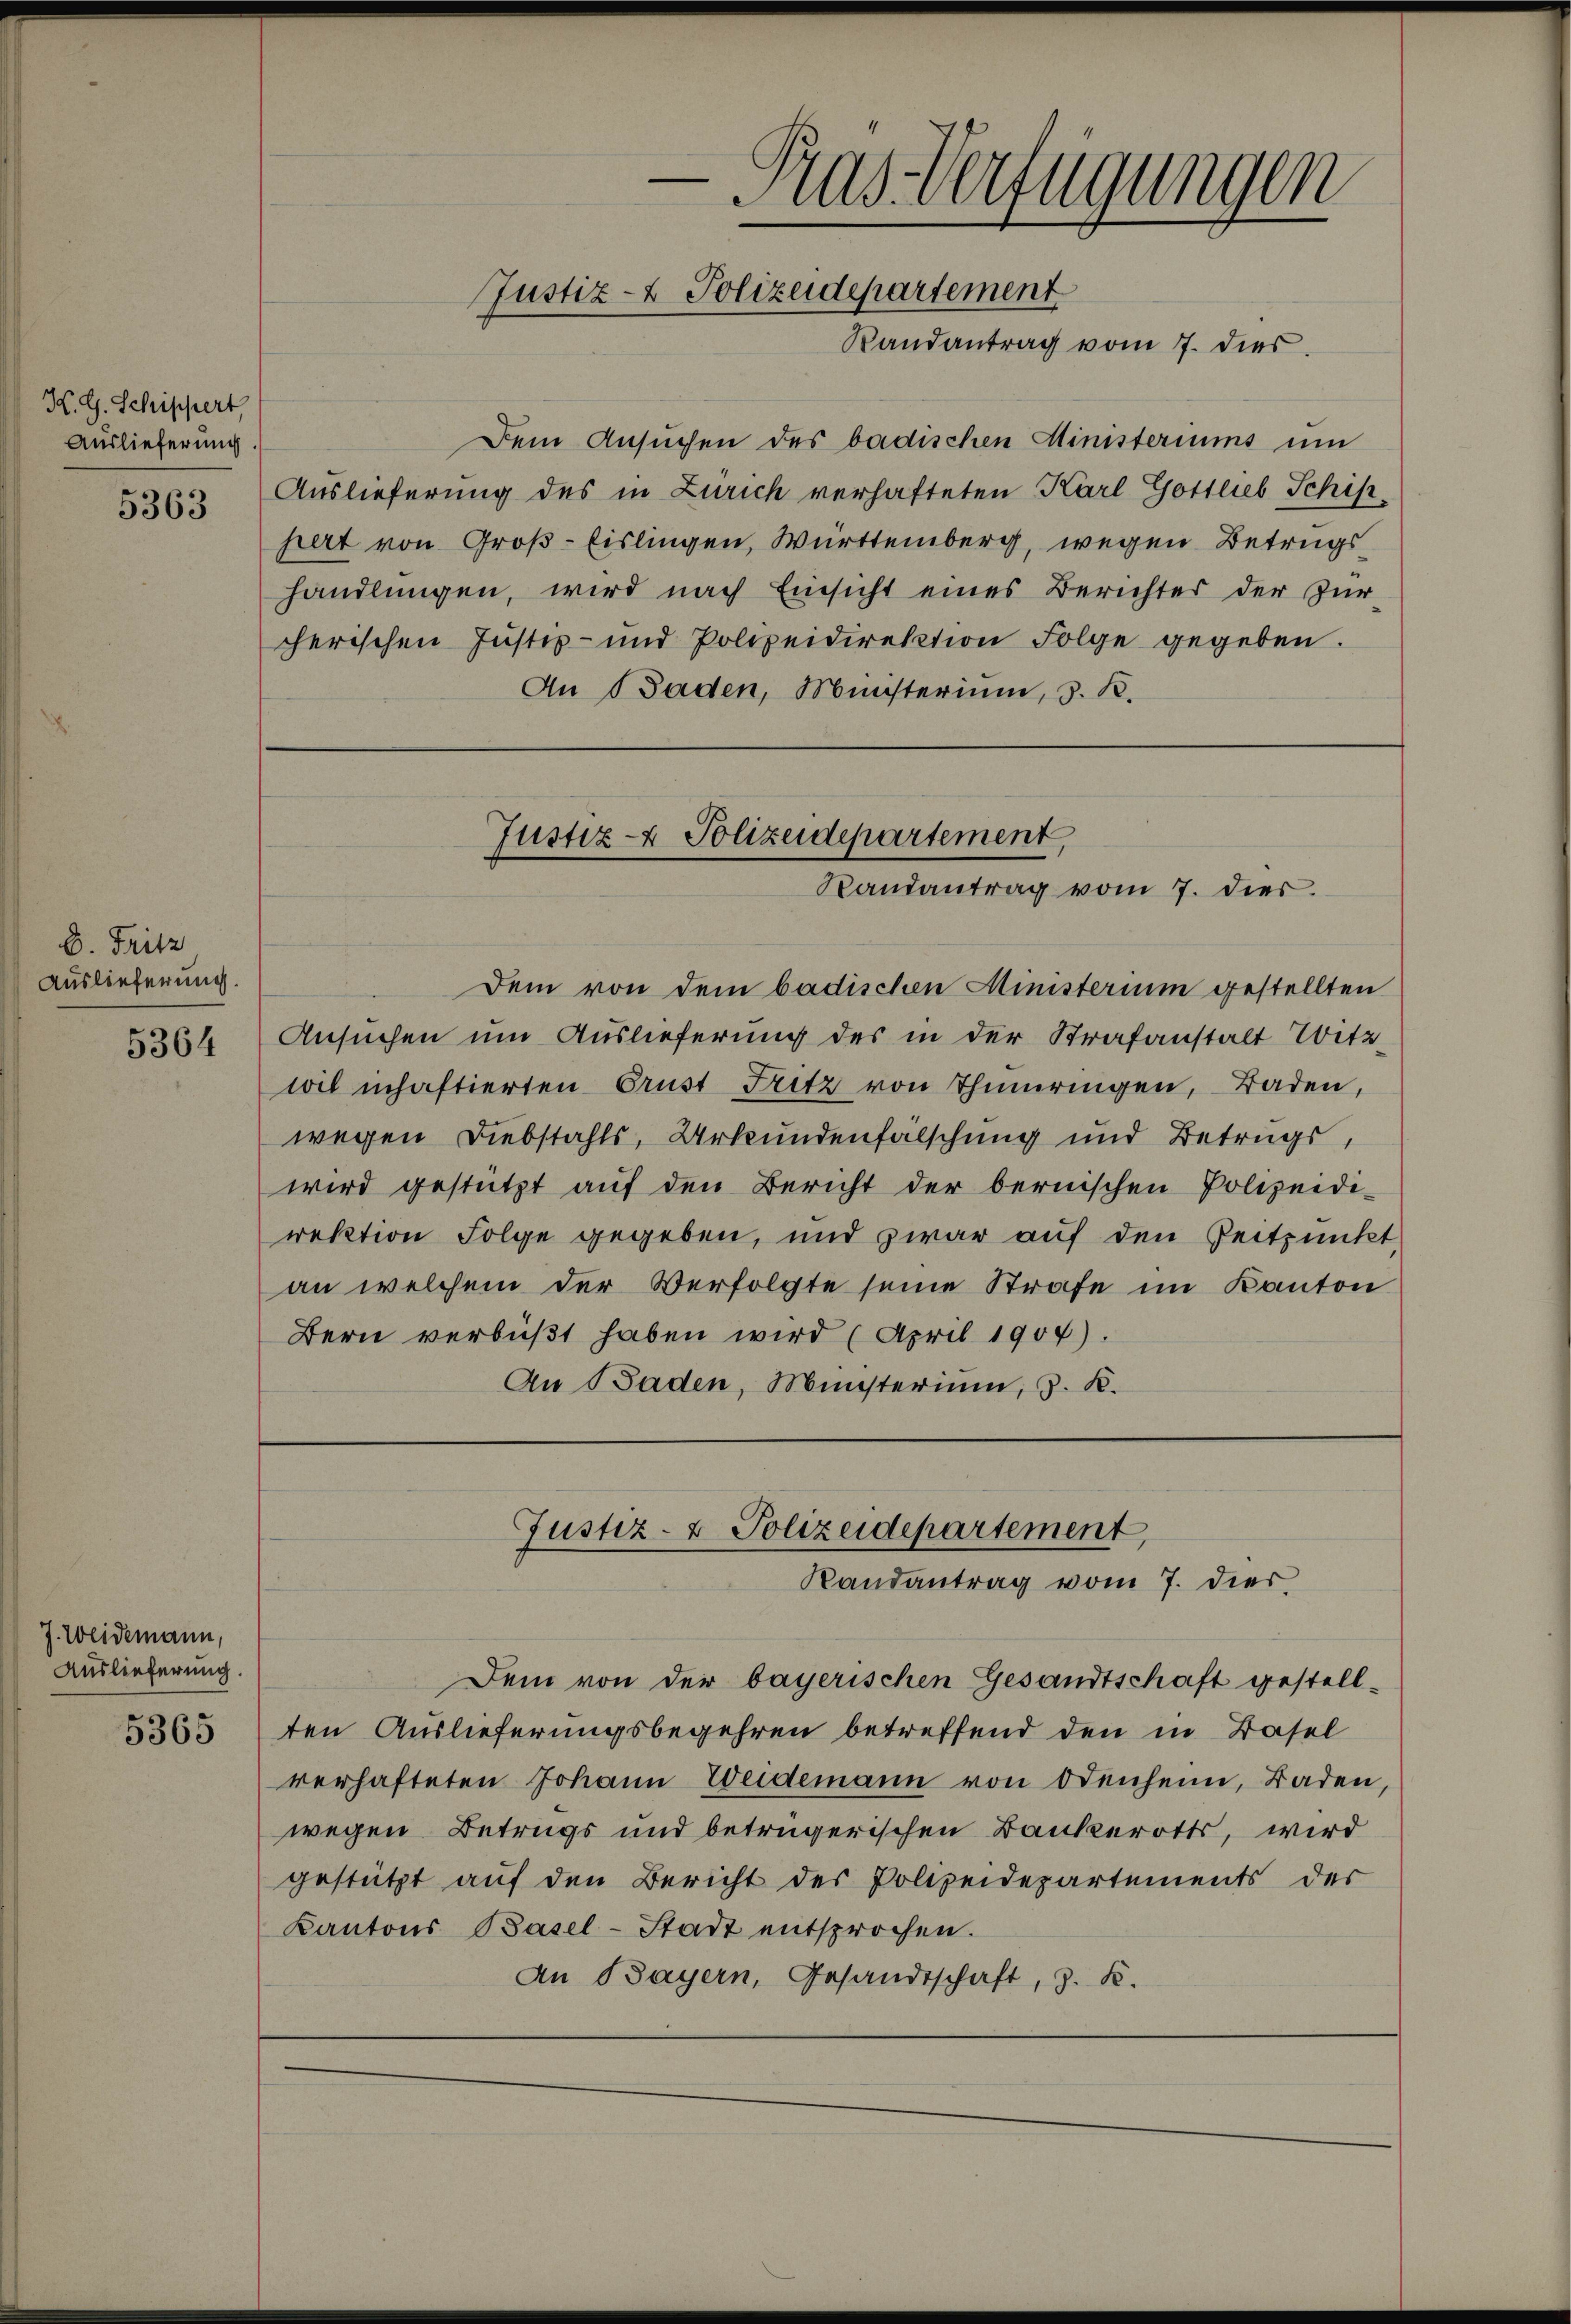
K. G. Schippert,
Auslieferung.
5363

D. Fritz
Auslieferung.

5364

J. Weidemann,
Auslieferung.
5365

Dem Ansuchen des badischen Ministeriums um
Auslieferung des in Zürich verhafteten Karl Gottlieb Schifhert von Groß-Eislingen, Württemberg, wegen Betrugs
handlungen, wird nach Einsicht eines Berichtes der Zur
cherischen Justiz- und Polizeidirektion Folge gegeben.
An Baden, Ministerium, d. R.

—
Gras Verfügungen
Justiz- & Polizeidepartement
Randantrag vom 7. dies

Justiz- & Polizeidepartement,
Randantrag vom 7. dies

Dem von dem badischen Ministerium gestellten
Ansuchen um Auslieferung des in der Strafanstalt Wittwil inhaftierten Brust Fritz von Thieringen, Baden,
wegen Diebstahls, Urkundenfälschung und Betrags,
wird gestützt auf den Bericht der bernischen Polizeidi-
rektion Folge gegeben, und zwar auf den Zeitpunkt
an welchem der Verfolgte seine Strafe im Kanton
Bern verbüßt haben wird (April 1904).
An Baden, Münsterium, z. B.

Justiz- & Polizeidepartement,
Randantrag vom 7. dies

Dem von der bayerischen Gesandtschaft gestellten Auslieferungsbegehren betreffend den in Basel
verhafteten Johann Weidemann von Odenheim, Baden,
wegen Betrugs und betrügerischen Bankerotts, wird
gestützt auf den Bericht des Polizeidepartements der
Kantons Basel-Stadt entsprochen.
An Bayern, Gesandtschaft, z. B.